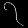
Digit: ၇